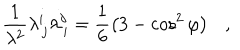
\frac { 1 } { \lambda ^ { 2 } } \lambda _ { \, j } ^ { i } \lambda _ { \, i } ^ { j } = \frac { 1 } { 6 } \left( 3 - \cos ^ { 2 } { \varphi } \right) ,